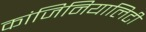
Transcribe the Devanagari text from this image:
कांजिनियालिटी